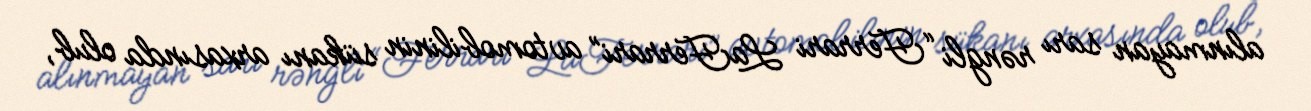
alınmayan sarı rəngli “Ferrari LaFerrari” avtomobilinin sükanı arxasında olub,